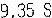
9.35 S